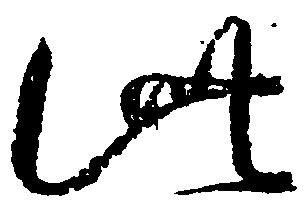
此